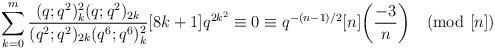
LaTeX: \begin{align*}\sum_{k=0}^{m}\frac{(q;q^2)_k^2 (q;q^2)_{2k}}{(q^2;q^2)_{2k} (q^6;q^6)_k^2 }[8k+1]q^{2k^2}\equiv0\equiv q^{-(n-1)/2}[n]\biggl(\frac{-3}{n}\biggr) \pmod{[n]}\end{align*}